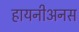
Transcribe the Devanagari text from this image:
हायनीअनस